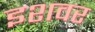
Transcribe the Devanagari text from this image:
इशवर